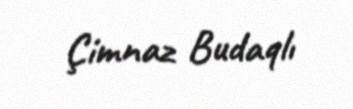
Çimnaz Budaqlı